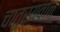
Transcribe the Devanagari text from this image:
चातुर्यवान्